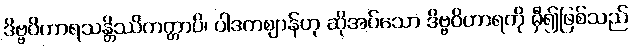
ဒိဗ္ဗဝိဟာရသန္တိဿိတတ္တာပိ၊ ပါဒကဈာန်ဟု ဆိုအပ်သော ဒိဗ္ဗဝိဟာရကို မှီ၍ဖြစ်သည်